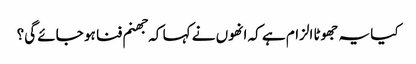
کیا یہ جھوٹا الزام ہے کہ انھوں نے کہا کہ جھنم فنا ہو جائے گی؟